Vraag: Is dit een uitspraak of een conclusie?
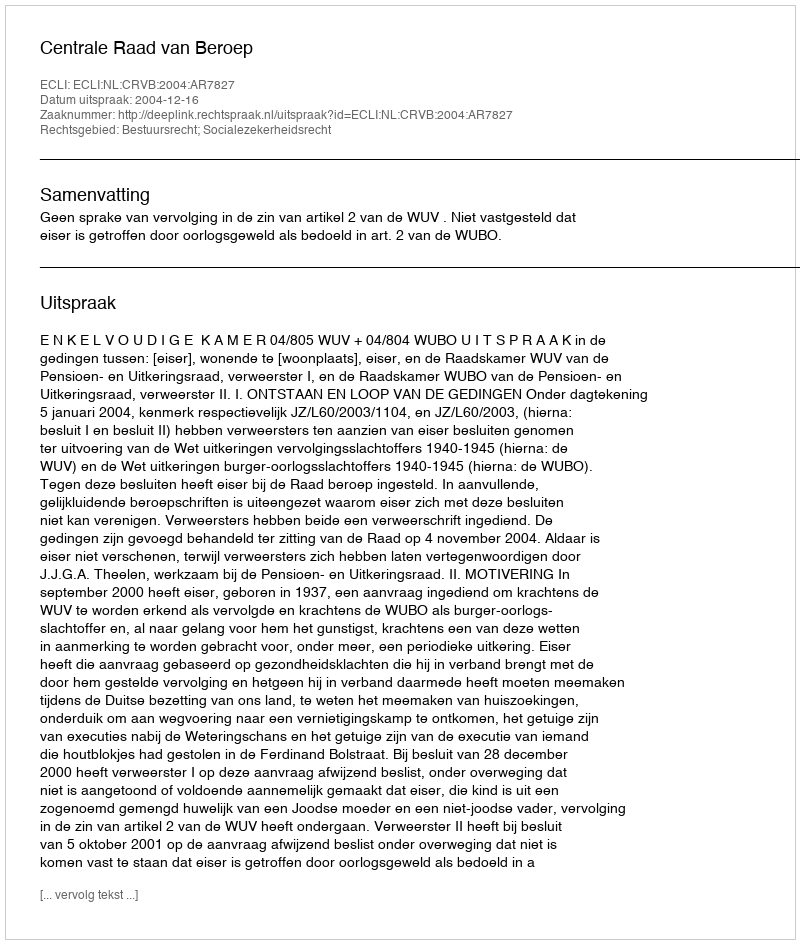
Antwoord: Uitspraak